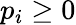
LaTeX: p_{i}\geq 0